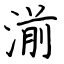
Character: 湔